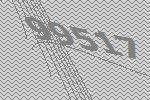
99517